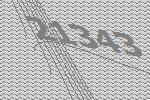
21343